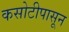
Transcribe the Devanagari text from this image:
कसोटीपासून